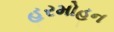
હરમોહન